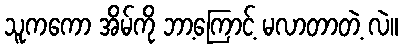
သူကကော အိမ်ကို ဘာ့ကြောင့် မလာတာတဲ့ လဲ။